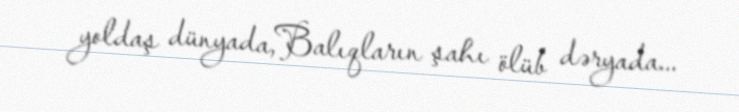
yoldaş dünyada,Balıqların şahı ölüb dəryada...